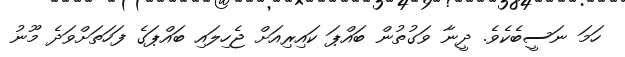
ހަމަ ނަސީބެކެވެ. ދީނާ ވަގުތުން ބައްޕަ ކައިރިއަށް ޖެހިލައި ބައްޕަގެ ފަހަތަށްވަދެ މޫނު